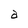
Character: a